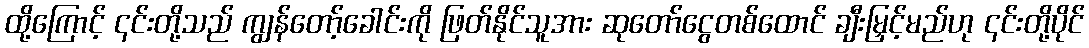
ထို့ကြောင့် ၎င်းတို့သည် ကျွန်တော့်ခေါင်းကို ဖြတ်နိုင်သူအား ဆုတော်ငွေတစ်ထောင် ချီးမြှင့်မည်ဟု ၎င်းတို့ပိုင်